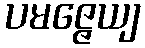
ပမဇ္ဇေယျ